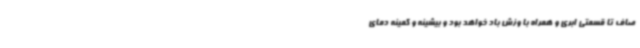
صاف تا قسمتی ابری و همراه با وزش باد خواهد بود و بیشینه و کمینه دمای